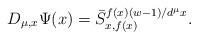
LaTeX: \begin{align*}D_{\mu,x}\Psi(x)=\bar{S}^{f(x)(w-1)/d^{\mu}x}_{x,f(x)}.\end{align*}